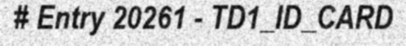
# Entry 20261 - TD1_ID_CARD